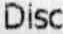
DISC